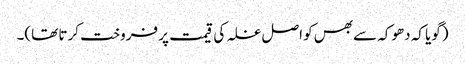
(گویا کہ دھوکہ سے بھس کو اصل غلہ کی قیمت پر فروخت کرتا تھا)۔